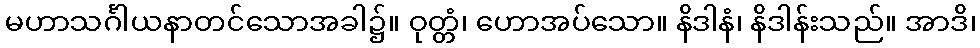
မဟာသင်္ဂါယနာတင်သောအခါ၌။ ဝုတ္တံ၊ ဟောအပ်သော။ နိဒါနံ၊ နိဒါန်းသည်။ အာဒိ၊